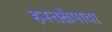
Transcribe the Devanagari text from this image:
हस्तक्षेपाचा